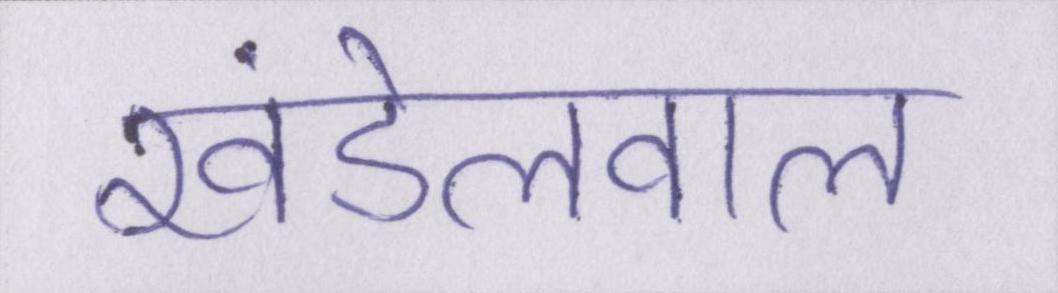
खंडेलवाल